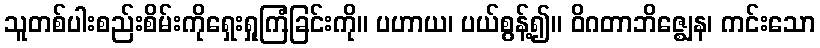
သူတစ်ပါးစည်းစိမ်းကိုရှေးရှုကြံခြင်းကို။ ပဟာယ၊ ပယ်စွန့်၍။ ဝိဂတာဘိဇ္ဈေန၊ ကင်းသော